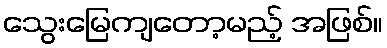
သွေးမြေကျတော့မည့် အဖြစ်။